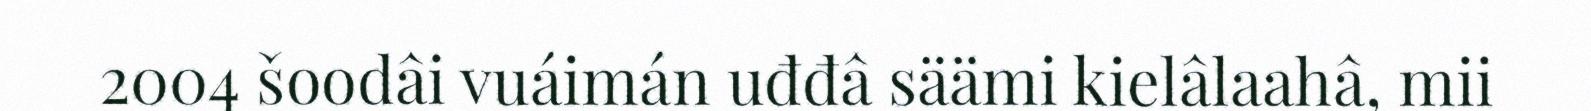
2004 šoodâi vuáimán uđđâ säämi kielâlaahâ, mii